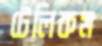
টেলিকম